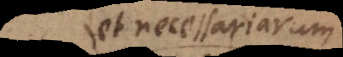
et necessariarum